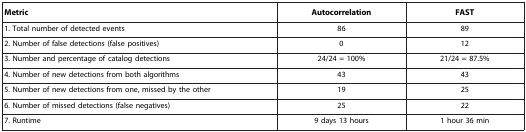
| Metric | Autocorrelation | FAST |
 | --- | --- | --- |
 | 1. Total number of detected events | 86 | 89 |
 | 2. Number of false detections (false positives) | 0 | 12 |
 | 3. Number and percentage of catalog detections | 24/24 = 100% | 21/24 = 87.5% |
 | 4. Number of new detections from both algorithms | 43 | 43 |
 | 5. Number of new detections from one, missed by the other | 19 | 25 |
 | 6. Number of missed detections (false negatives) | 25 | 22 |
 | 7. Runtime | 9 days 13 hours | 1 hour 36 min |